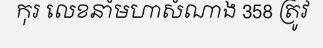
កុរ លេខនាំមហាសំណាង 358 ត្រូវ